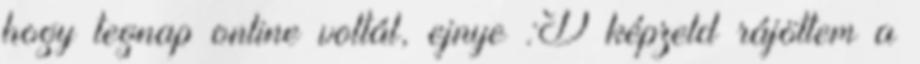
hogy tegnap online voltál, ejnye :D képzeld rájöttem a